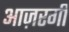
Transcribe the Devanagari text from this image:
आज़रगी